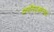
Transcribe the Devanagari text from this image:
क्रांतिवृक्षाच्या